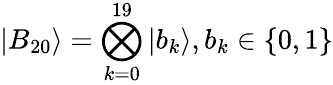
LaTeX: |B_{20}\rangle=\bigotimes_{k=0}^{19}|b_{k}\rangle,b_{k}\in\{ 0,1\}